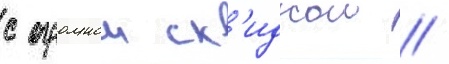
с огромнои ск'идкои //